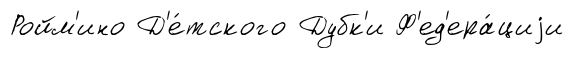
Ройм'ино Д'е́тского Дубк'и Ф'ед'ера́циjи